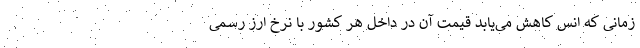
زمانی که انس کاهش می‌یابد قیمت آن در داخل هر کشور با نرخ ارز رسمی